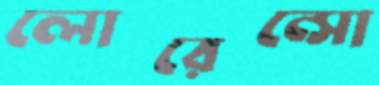
লোরেন্সো